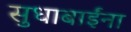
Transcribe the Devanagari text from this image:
सुधाबाईंना